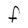
Character: F